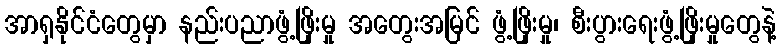
အာရှနိုင်ငံတွေမှာ နည်းပညာဖွံ့ဖြိုးမှု အတွေးအမြင် ဖွံ့ဖြိုးမှု၊ စီးပွားရေးဖွံ့ဖြိုးမှုတွေနဲ့